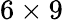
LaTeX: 6\times 9